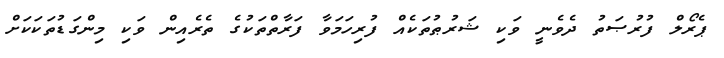
ޕެރޯލް ފުރުޞަތު ދެވެނީ ވަކި ޝަރުޠުތަކެއް ފުރިހަމަވާ ފަރާތްތަކުގެ ތެރެއިން ވަކި މިންގަޑުތަކަކަށް